Civil Veterinary Dept. North-West Frontier Province 1933-46 - 1933-1946
Year: 1933
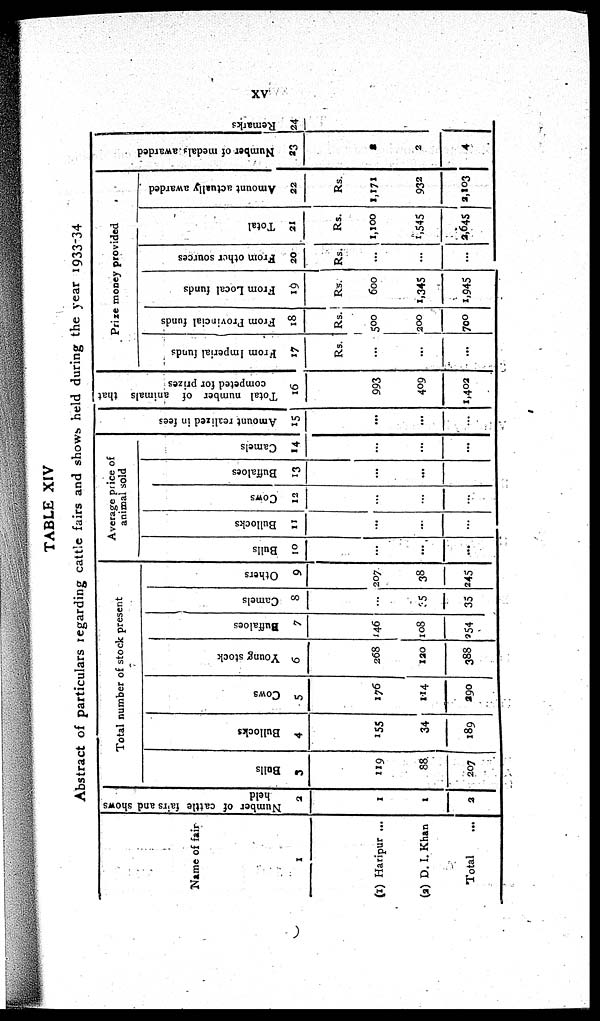
XV
TABLE XIV
Abstract of particulars regarding cattle fairs and shows held during the year 1933-34
Name of fair
1
(1) Haripur ...
(2) D. I. Khan
Total ...
Number of cattle fairs
and shows
held
2
1
1
2
Total number of stock present
Bolls
3
119
88
207
Bullocks
4
155
34
189
Cows
5
176
114
290
Young stock
6
268
120
388
Buffaloes
7
146
108
254
Camels
8
...
35
35
Others
9
207
38
245
Average price of
animal sold
Bulls
10
...
...
...
Bullocks
11
...
...
...
Cows
12
...
...
...
Buffaloes
13
...
...
...
Camels
14
...
...
...
Amo u n t r eal i zed in fees
15
...
...
...
Total number of animals that
competed for prizes
16
993
409
1,402
Prize money provided
From Imperial funds
17
Rs.
...
...
...
From Provincial funds
18
Rs.
500
200
700
From Local funds
19
Rs.
600
1.345
1,945
From other sources
20
Rs.
...
...
...
Total
21
Rs.
1,100
1,545
2,645
Amount actually awarded
22
Rs.
1,171
932
2,103
Nu mb e r of medals awarded
33
1
2
4
Re ma r
ks
24